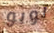
لوبو